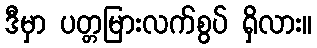
ဒီမှာ ပတ္တမြားလက်စွပ် ရှိလား။